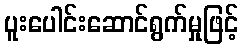
ပူးပေါင်းဆောင်ရွက်မှုဖြင့်